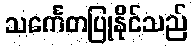
သင်္ကေတပြုနိုင်သည်